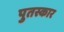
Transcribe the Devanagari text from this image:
पुतस्कार